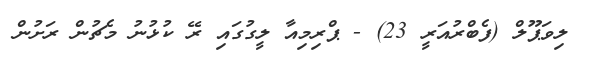
ލިވަޕޫލް (ފެބްރުއަރީ 23) - ޕްރިމިއާ ލީގުގައި ރޭ ކުޅުނު މެޗުން ރަށުން